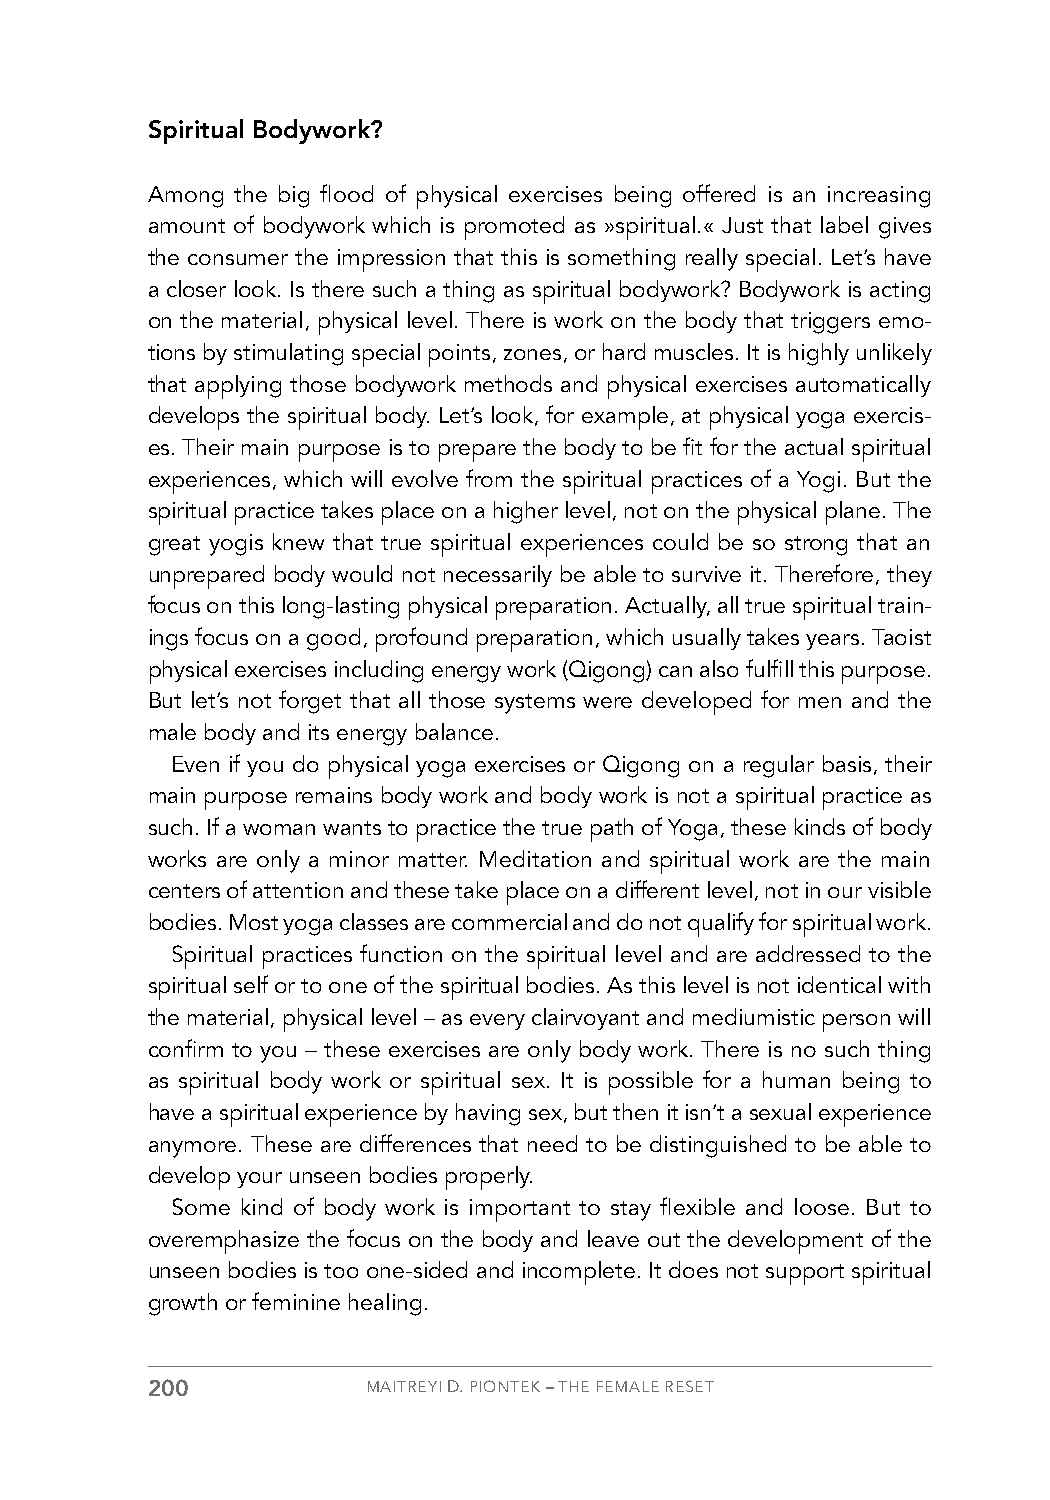
Spiritual Bodywork?
 Among the big flood of physical exercises being offered is an increasing
 amount of bodywork which is promoted as »spiritual.« Just that label gives
 the consumer the impression that this is something really special. Let’s have
 a closer look. Is there such a thing as spiritual bodywork? Bodywork is acting
 on the material, physical level. There is work on the body that triggers emo-
 tions by stimulating special points, zones, or hard muscles. It is highly unlikely
 that applying those bodywork methods and physical exercises automatically
 develops the spiritual body. Let’s look, for example, at physical yoga exercis-
 es. Their main purpose is to prepare the body to be fit for the actual spiritual
 experiences, which will evolve from the spiritual practices of a Yogi. But the
 spiritual practice takes place on a higher level, not on the physical plane. The
 great yogis knew that true spiritual experiences could be so strong that an
 unprepared body would not necessarily be able to survive it. Therefore, they
 focus on this long-lasting physical preparation. Actually, all true spiritual train-
 ings focus on a good, profound preparation, which usually takes years. Taoist
 physical exercises including energy work (Qigong) can also fulfill this purpose.
 But let’s not forget that all those systems were developed for men and the
 male body and its energy balance.
 Even if you do physical yoga exercises or Qigong on a regular basis, their
 main purpose remains body work and body work is not a spiritual practice as
 such. If a woman wants to practice the true path of Yoga, these kinds of body
 works are only a minor matter. Meditation and spiritual work are the main
 centers of attention and these take place on a different level, not in our visible
 bodies. Most yoga classes are commercial and do not qualify for spiritual work.
 Spiritual practices function on the spiritual level and are addressed to the
 spiritual self or to one of the spiritual bodies. As this level is not identical with
 the material, physical level – as every clairvoyant and mediumistic person will
 confirm to you – these exercises are only body work. There is no such thing
 as spiritual body work or spiritual sex. It is possible for a human being to
 have a spiritual experience by having sex, but then it isn’t a sexual experience
 anymore. These are differences that need to be distinguished to be able to
 develop your unseen bodies properly.
 Some kind of body work is important to stay flexible and loose. But to
 overemphasize the focus on the body and leave out the development of the
 unseen bodies is too one-sided and incomplete. It does not support spiritual
 growth or feminine healing.
 200           MAITREYI D. PIONTEK – THE FEMALE RESET